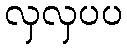
လှလှပပ